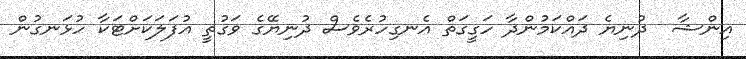
އިންޝާ  ދުނިޔެ ދައްކަމުންދާ ހަގީގަތް އެނގިހުރެވެސް ދުނިޔޭގެ ވަގުތީ އުފަލަކަށްޓަކާ ހުޅަނގުން